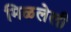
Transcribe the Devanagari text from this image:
मिळलेली